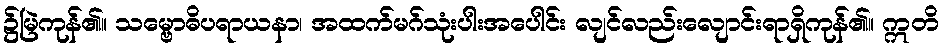
၌မြဲကုန်၏။ သမ္ဗောဓိပရာယနာ၊ အထက်မဂ်သုံးပါးအပေါင်း လျင်လည်းလျောင်းရာရှိကုန်၏။ ဣတိ